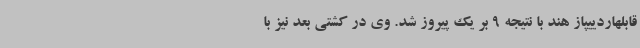
قابلهاردییپاز هند با نتیجه 9 بر یک پیروز شد. وی در کشتی بعد نیز با